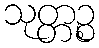
သုတ္တဉ္စ